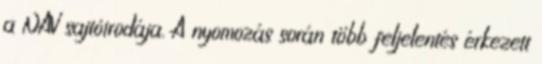
a NAV sajtóirodája. A nyomozás során több feljelentés érkezett